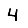
Digit: 4